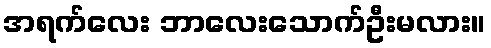
အရက်လေး ဘာလေးသောက်ဦးမလား။